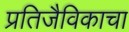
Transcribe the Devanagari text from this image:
प्रतिजैविकाचा